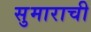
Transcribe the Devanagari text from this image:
सुमाराची